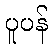
ပူပန်